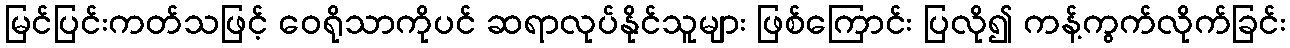
မြင်ပြင်းကတ်သဖြင့် ဝေရိုသာကိုပင် ဆရာလုပ်နိုင်သူများ ဖြစ်ကြောင်း ပြလို၍ ကန့်ကွက်လိုက်ခြင်း